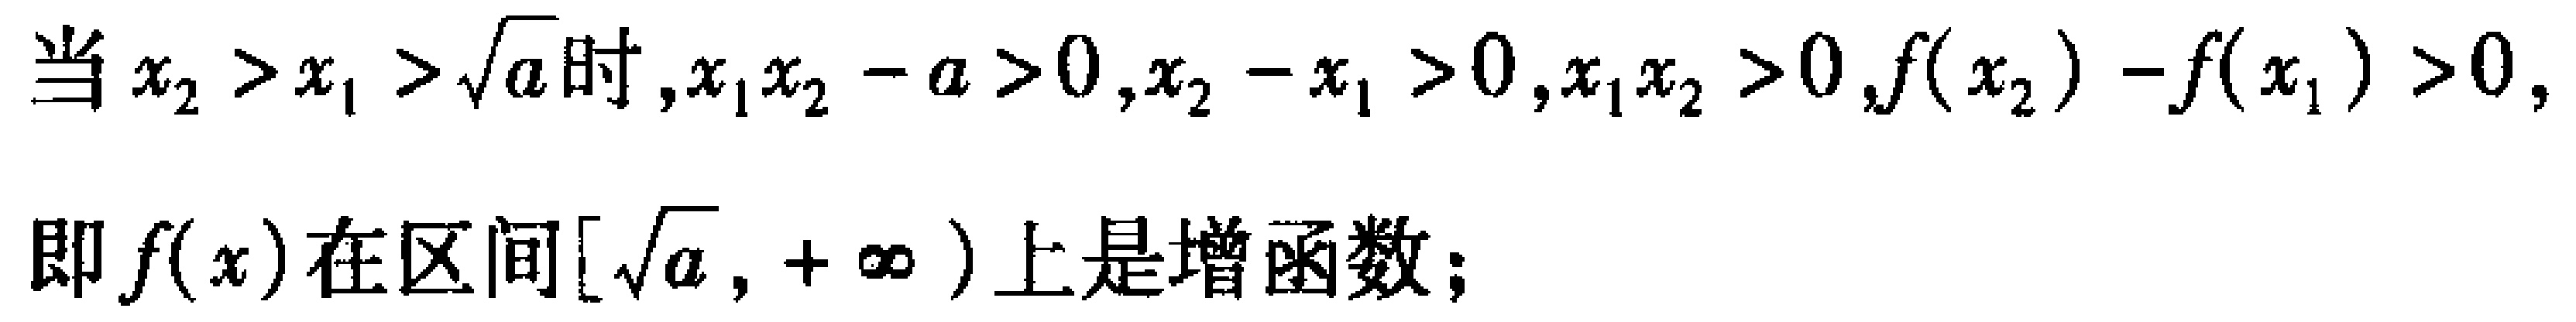
当$x_{2}>x_{1}>\sqrt{a}$时,$x_{1}x_{2}-a>0,x_{2}-x_{1}>0,x_{1}x_{2}>0,f(x_{2}) - f(x_{1})>0,$

即$f(x)$在区间$[\sqrt{a},+\infty)$上是增函数;